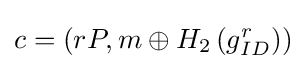
\textstyle c=\left(rP,m\oplus H_{2}\left(g_{ID}^{r}\right)\right)